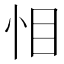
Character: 𭜜